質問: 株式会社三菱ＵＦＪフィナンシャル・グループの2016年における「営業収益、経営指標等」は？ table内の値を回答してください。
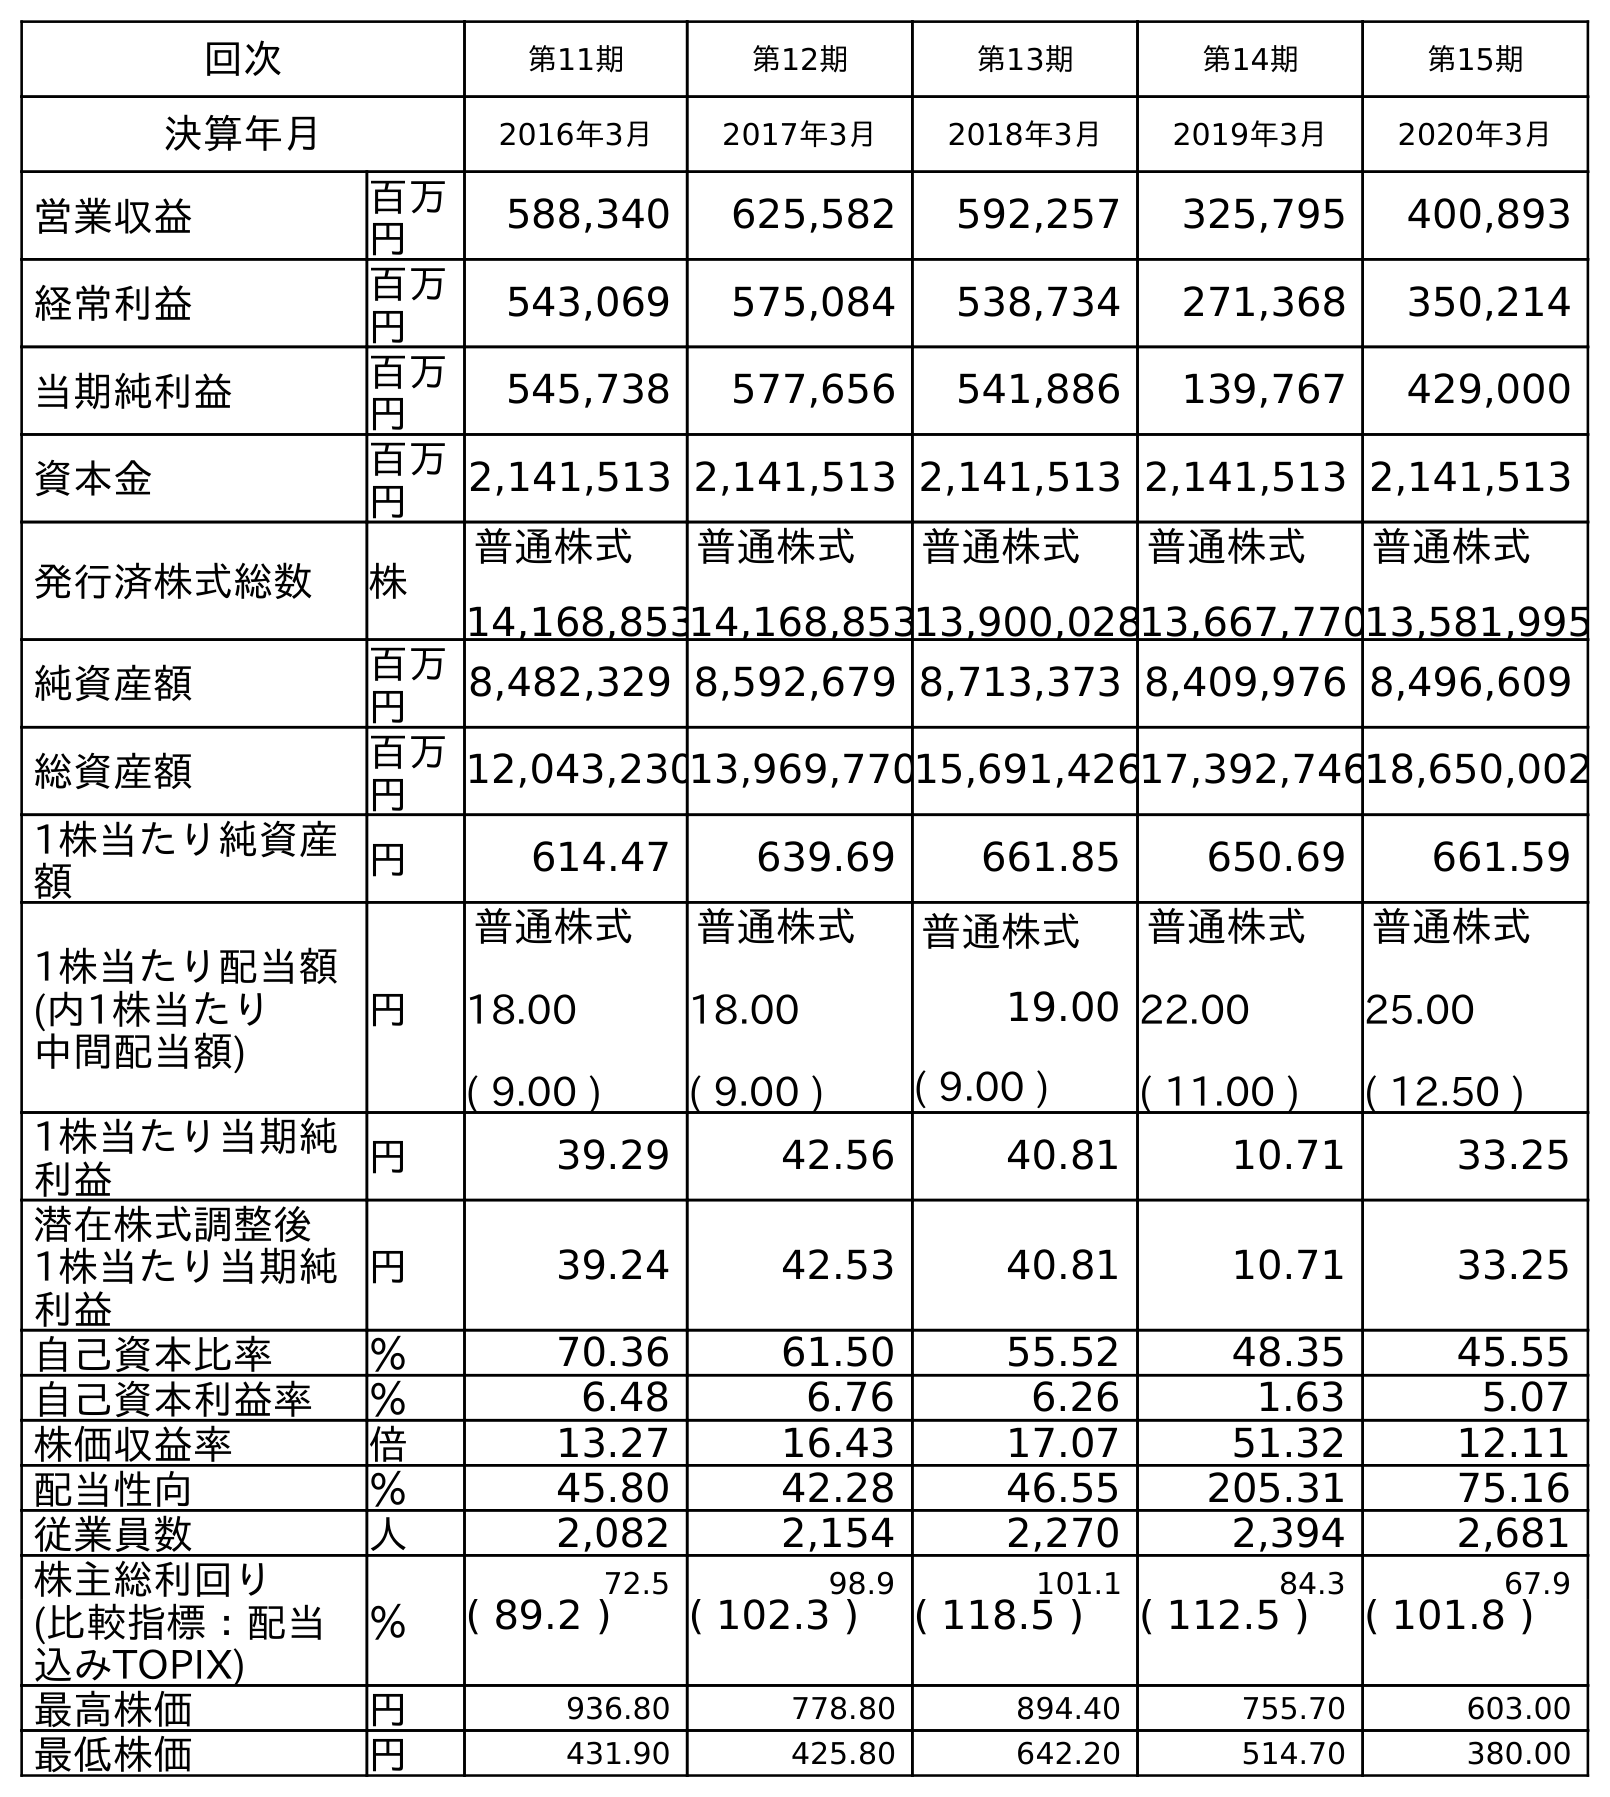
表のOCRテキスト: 回次 第11期 第12期 第13期 第14期 第15期 決算年月 2016年3月 2017年3月 2018年3月 2019年3月 2020年3月 営業収益 百万 円 588,340 625,582 592,257 325,795 400,893 経常利益 百万 円 543,069 575,084 538,734 271,368 350,214 当期純利益 百万 円 545,738 577,656 541,886 139,767 429,000 資本金 百万 円 2,141,513 2,141,513 2,141,513 2,141,513 2,141,513 発行済株式総数 株 普通株式 14,168,853 普通株式 14,168,853 普通株式 13,900,028 普通株式 13,667,770 普通株式 13,581,995 純資産額 百万 円 8,482,329 8,592,679 8,713,373 8,409,976 8,496,609 総資産額 百万 円 12,043,23013,969,77015,691,42617,392,74618,650,002 1株当たり純資産 額 円 614.47 639.69 661.85 650.69 661.59 1株当たり配当額 (内1株当たり 中間配当額) 円 普通株式 18.00 ( 9.00 ) 普通株式 18.00 ( 9.00 ) 普通株式 19.00 ( 9.00 ) 普通株式 22.00 ( 11.00 ) 普通株式 25.00 ( 12.50 ) 1株当たり当期純 利益 円 39.29 42.56 40.81 10.71 33.25 潜在株式調整後 1株当たり当期純 利益 円 39.24 42.53 40.81 10.71 33.25 自己資本比率 ％ 70.36 61.50 55.52 48.35 45.55 自己資本利益率 ％ 6.48 6.76 6.26 1.63 5.07 株価収益率 倍 13.27 16.43 17.07 51.32 12.11 配当性向 ％ 45.80 42.28 46.55 205.31 75.16 従業員数 人 2,082 2,154 2,270 2,394 2,681 株主総利回り ％ 72.5 98.9 101.1 84.3 67.9 (比較指標：配当 込みTOPIX) ( 89.2 ) ( 102.3 ) ( 118.5 ) ( 112.5 ) ( 101.8 ) 最高株価 円 936.80 778.80 894.40 755.70 603.00 最低株価 円 431.90 425.80 642.20 514.70 380.00
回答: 588,340